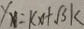
y _ { x } = k x + \sqrt { 3 } k